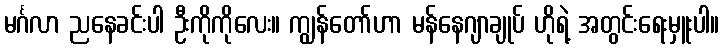
မင်္ဂလာ ညနေခင်းပါ ဦးကိုကိုလေး။ ကျွန်တော်ဟာ မန်နေဂျာချုပ် ဟိုရဲ့ အတွင်းရေးမှူးပါ။